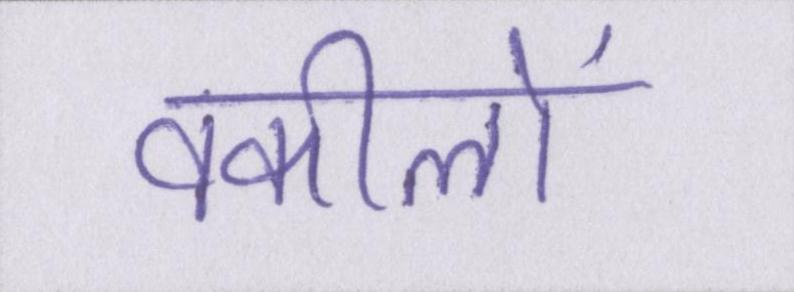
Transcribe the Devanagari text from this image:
वकीलों